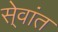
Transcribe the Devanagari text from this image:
से्वांत